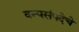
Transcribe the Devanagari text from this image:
वन्यसंपदेचे